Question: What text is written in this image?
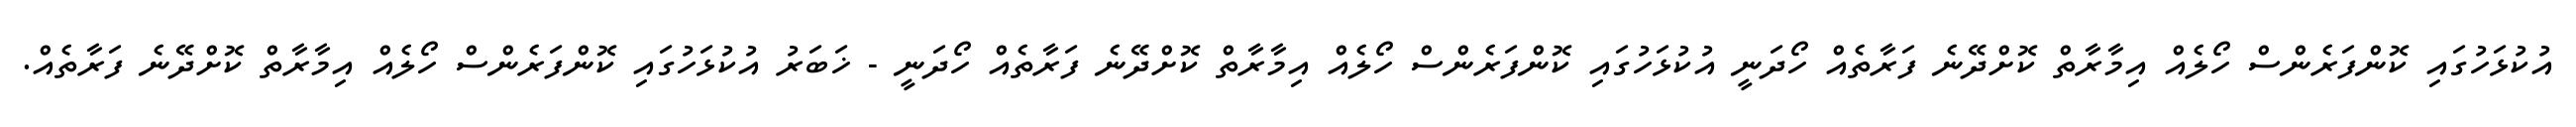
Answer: އުކުޅަހުގައި ކޮންފަރެންސް ހޯލެއް އިމާރާތް ކޮށްދޭނެ ފަރާތެއް ހޯދަނީ އުކުޅަހުގައި ކޮންފަރެންސް ހޯލެއް އިމާރާތް ކޮށްދޭނެ ފަރާތެއް ހޯދަނީ - ޚަބަރު އުކުޅަހުގައި ކޮންފަރެންސް ހޯލެއް އިމާރާތް ކޮށްދޭނެ ފަރާތެއް.